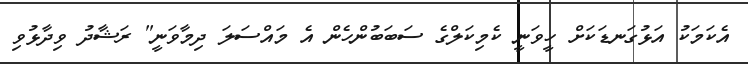
އެކަމަކު އަޅުގަނޑަކަށް ހީވަނީ ކެމިކަލްގެ ސަބަބުންހެން އެ މައްސަލަ ދިމާވަނީ" ރަޝާދު ވިދާޅުވި